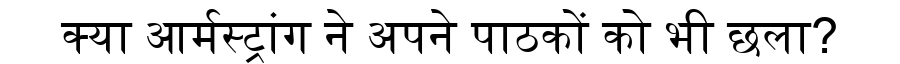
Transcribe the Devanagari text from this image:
क्या आर्मस्ट्रांग ने अपने पाठकों को भी छला?